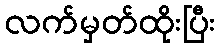
လက်မှတ်ထိုးပြီး